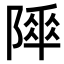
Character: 𨻾